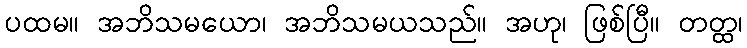
ပထမ။ အဘိသမယော၊ အဘိသမယသည်။ အဟု၊ ဖြစ်ပြီ။ တတ္ထ၊